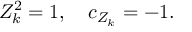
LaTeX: Z _ { k } ^ { 2 } = 1 , \quad c _ { Z _ { k } } = - 1 .